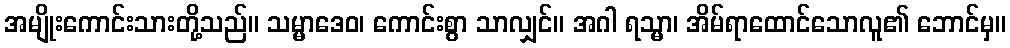
အမျိုးကောင်းသားတို့သည်။ သမ္မာဒေဝ၊ ကောင်းစွာ သာလျှင်။ အဂါ ရသ္မာ၊ အိမ်ရာထောင်သောလူ၏ ဘောင်မှ။